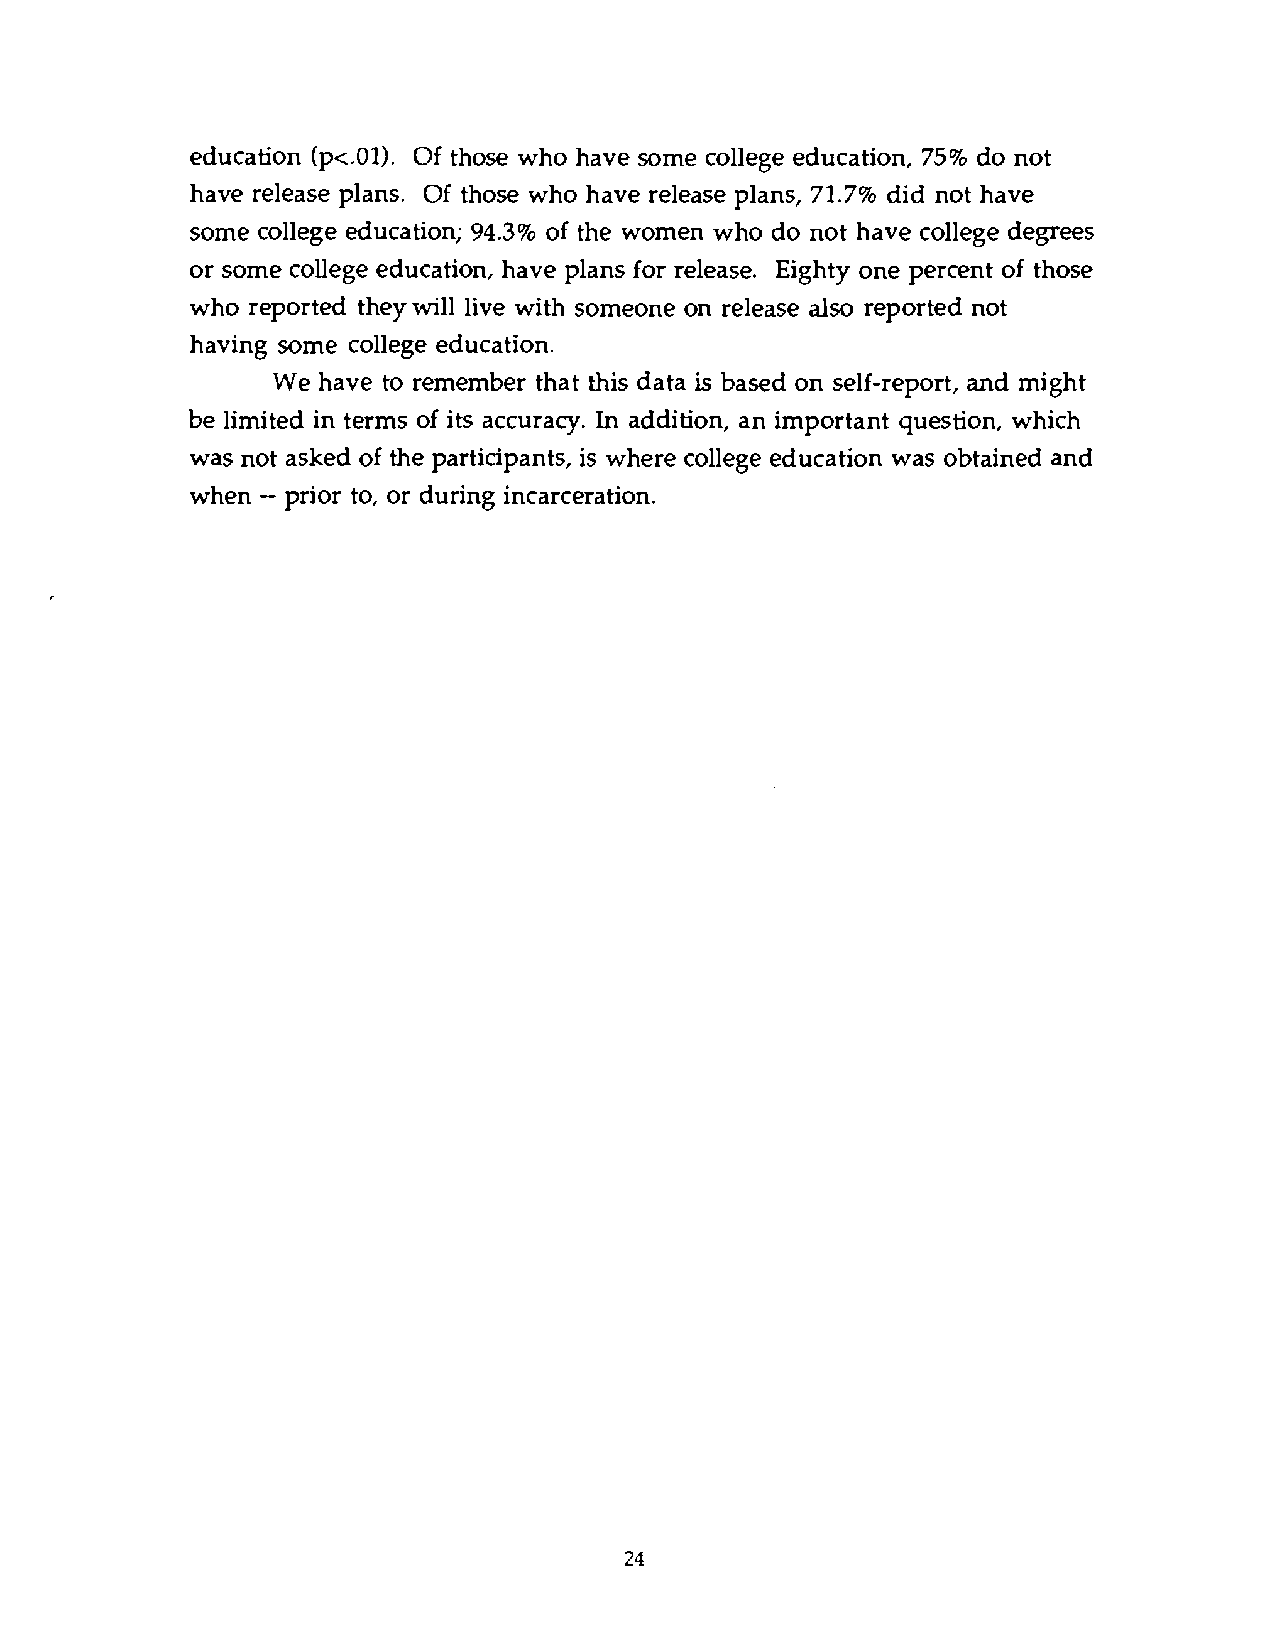
education (p<.01). Of those who have some college education, 75% do not
 have release plans. Of those who have release plans, 71.7% did not have
 some college education; 94.3% of the women who do not have college degrees
 or some college education, have plans for release. Eighty one percent of those
 who reported they will live with someone on release also reported not
 having some college education.
 We have to remember that this data is based on self-report, and might
 be limited in terms of its accuracy. In addition, an important question, which
 was not asked of the participants, is where college education was obtained and
 when -- prior to, or during incarceration.